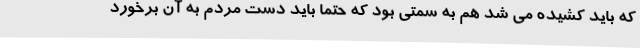
که باید کشیده می شد هم به سمتی بود که حتما باید دست مردم به آن برخورد